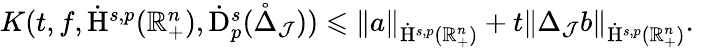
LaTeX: \begin{array}{r}{K(t,f,\dot{\mathrm{H}}^{s,p}(\mathbb{R}_{+}^{n}),\dot{\mathrm{D}}_{p}^{s}(\mathring{\Delta}_{\mathcal{J}}))\leqslant\lVert a\rVert_{\dot{\mathrm{H}}^{s,p}(\mathbb{R}_{+}^{n})}+t\lVert{\Delta}_{\mathcal{J}}b\rVert_{\dot{\mathrm{H}}^{s,p}(\mathbb{R}_{+}^{n})}\mathrm{.~}}\end{array}